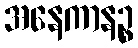
အနေကာနဉ္စ